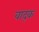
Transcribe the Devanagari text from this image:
वाद्क